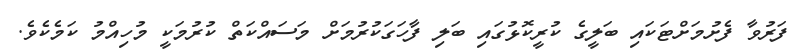
ފަރުވާ ފެށުމަށްޓަކައި ބަލީގެ ކުރީކޮޅުގައި ބަލި ފާހަގަކުރުމަށް މަސައްކަތް ކުރުމަކީ މުހިއްމު ކަމެކެވެ.